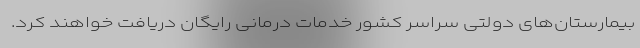
بیمارستان‌های دولتی سراسر کشور خدمات درمانی رایگان دریافت خواهند کرد.